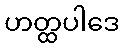
ဟတ္ထပါဒေ